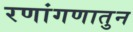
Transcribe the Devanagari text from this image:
रणांगणातुन